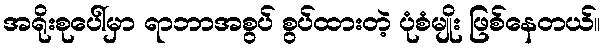
အရိုးစုပေါ်မှာ ရာဘာအစွပ် စွပ်ထားတဲ့ ပုံစံမျိုး ဖြစ်နေတယ်။